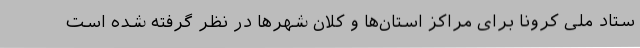
ستاد ملی کرونا برای مراکز استان‌ها و کلان شهرها در نظر گرفته شده است